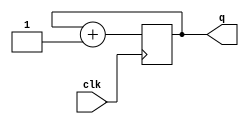
module two_bit_counter(
    input clk,
    output [1:0]q
    );
    
    reg [1:0]temp=0;
    always @(posedge clk)
    begin
    temp=temp+1;
    end
    assign q=temp;
    
endmodule